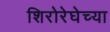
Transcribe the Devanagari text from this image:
शिरोरेघेच्या